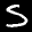
Label: 5